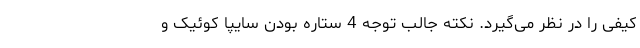
کیفی را در نظر می‌گیرد. نکته جالب توجه 4 ستاره بودن سایپا کوئیک و